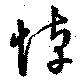
悼